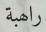
راھبة